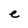
Character: e